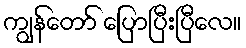
ကျွန်တော် ပြောပြီးပြီလေ။